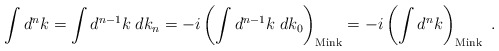
\begin{align*}\int d^nk = \int d^{n-1}k\; dk_n = -i\left(\int d^{n-1}k\; dk_0 \right)_{\mathrm{Mink}} = -i\left(\int d^nk \right)_{\mathrm{Mink}} \ .\end{align*}